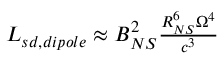
\begin{array} { r l r } { \mathrm { ~ } } & { { } } & { L _ { s d , d i p o l e } \approx B _ { N S } ^ { 2 } \frac { R _ { N S } ^ { 6 } \Omega ^ { 4 } } { c ^ { 3 } } } \end{array}